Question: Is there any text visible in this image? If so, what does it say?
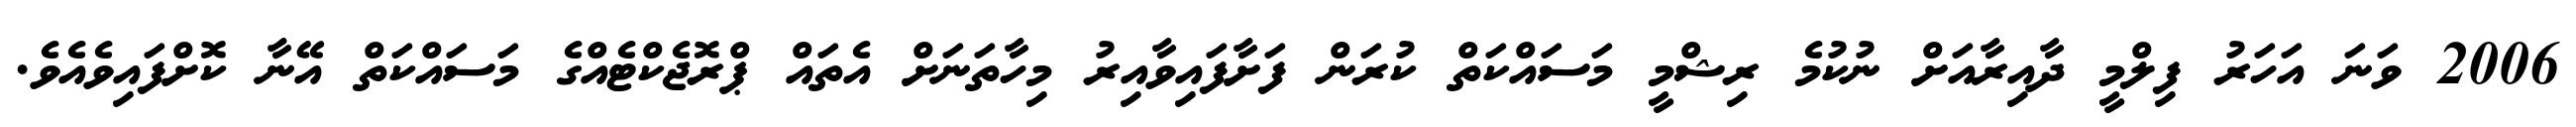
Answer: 2006 ވަނަ އަހަރު ފިލްމީ ދާއިރާއަށް ނުކުމެ ރިޝްމީ މަސައްކަތް ކުރަން ފަށާފައިވާއިރު މިހާތަނަށް އެތައް ޕްރޮޖެކްޓެއްގެ މަސައްކަތް އޭނާ ކޮށްފައިވެއެވެ.